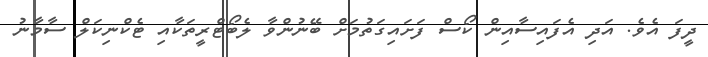
ދީފަ އެވެ. އަދި އެފައިސާއިން ކޯސް ފަށައިގަތުމަށް ބޭނުންވާ ލެބޯޓްރީތަކާއި ޓެކްނިކަލް ސާމާނު